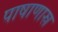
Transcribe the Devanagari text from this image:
पाषाणास्र